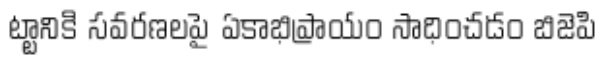
ట్టానికి సవరణలపై ఏకాభిప్రాయం సాధించడం బిజెపి